Illuka_vallavalitsus, lk 5
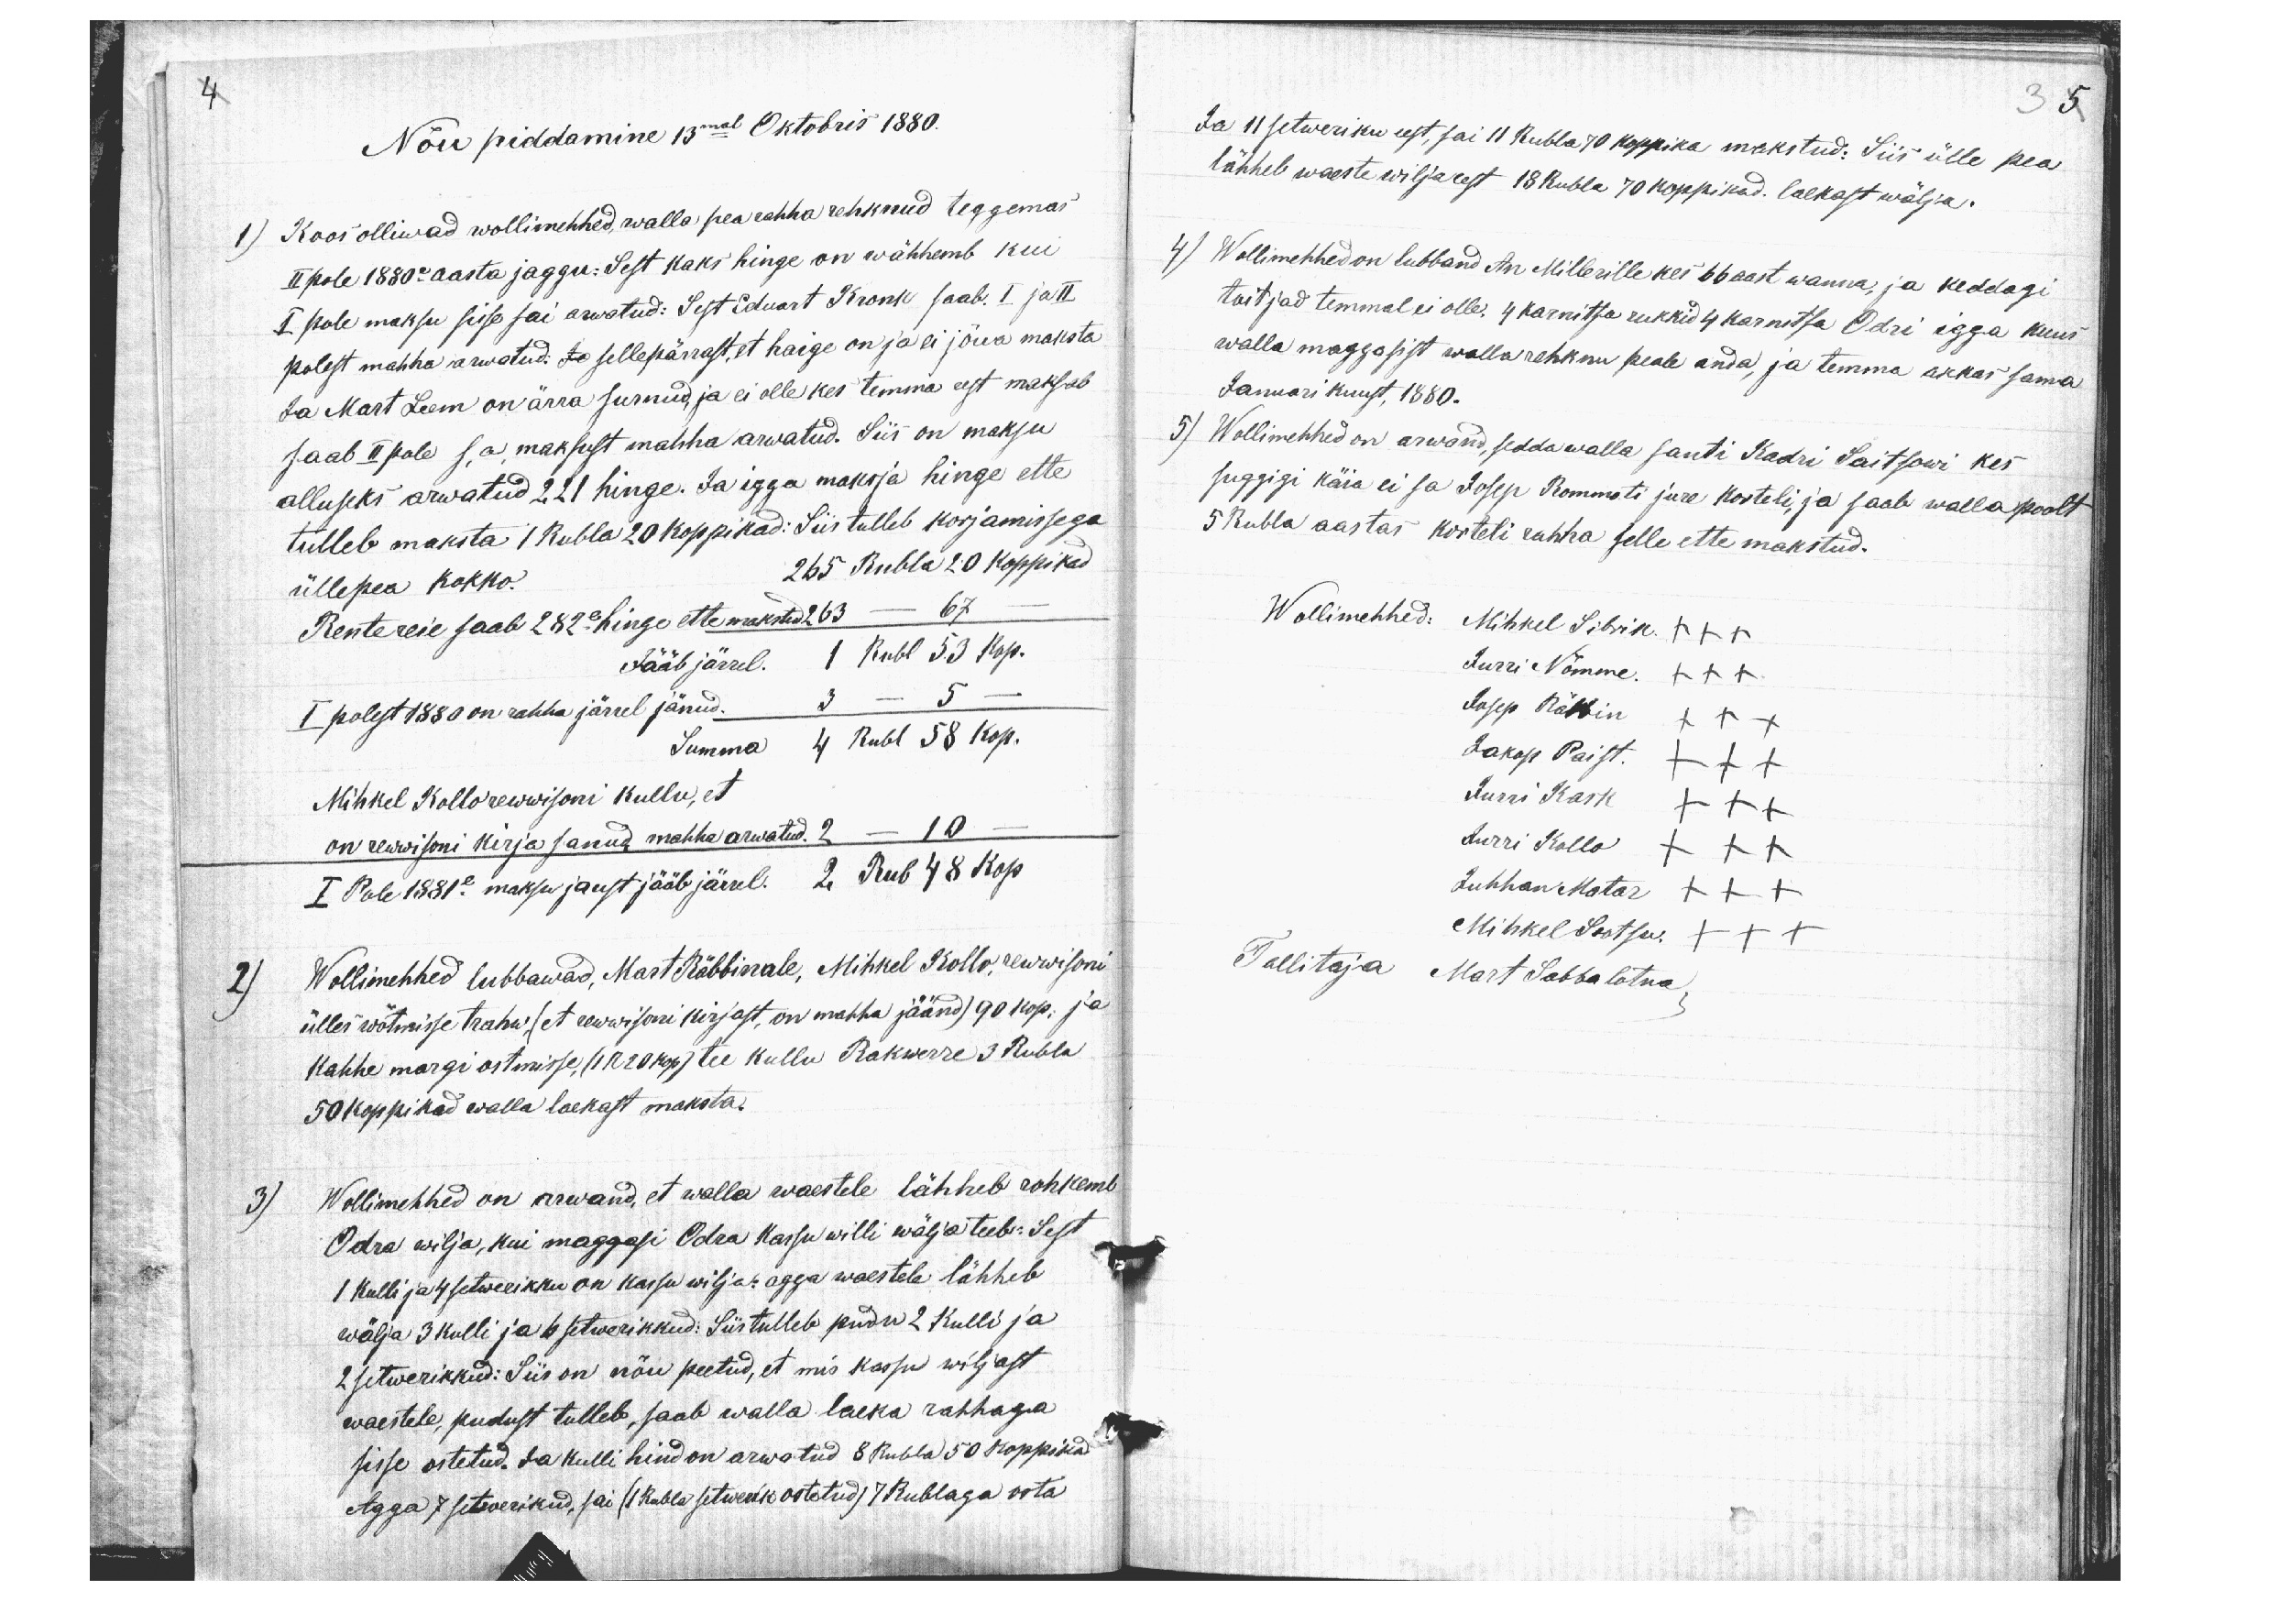
3 5

4
Nõu piddamine 13mal Oktobris 1880.
1) Koos olliwad wollimehhed, walla pea rahha rehknud teggemas
II pole 1880e aasta jaggu: Sest kaks hinge on wähhemb kui
I pole maksu sisse sai arwatud: Sest Eduart Kronk saab. I ja II
polest mahha arwatud. Jo sellepärrast, et haige on ja ei jõua maksta
Ja Mart Leem on ärra surnud, ja ei olle kes temma eest maksab
saab II pole s.a. maksust mahha arwatud. Siis on maksu
alluseks arwatud 221 hinge. Ja igga maksja hinge ette
tulleb maksta 1 Rubla 20 koppikad: Siis tulleb korjamissega
üllepea kokko. 265 Rubla 20 koppikad
Rentereie saab 282e hinge ette makstud 263 - 67 -
Jääb järrel. 1 Rubl 53 kop.
I polest 1880 on rahha järrel jänud. 3 - 5 -
Summa 4 Rubl 58 kop.
Mihkel Kollo rewwisoni kullu, et
on rewwisoni kirja sanud, mahha arwatud. 2 - 10 -
I Pole 1881e maksu jaust jääb järrel. 2 Rub 48 kop
2) Wollimehhed lubbawad, Mart Räbbinale, Mihkel Kollo, rewwisoni
ülles wõtmisse trahw, (et rewwisoni kirjast, on mahha jäänd) 90 kop. ja
kahhe margi ostmisse, (1 R 20 kop) tee kullu Rakwerre 3 Rubla
50 koppikad walla laekast maksta.
3) Wollimehhed on arwand, et walla waestele lähheb rohkemb
Odra wilja, kui maggasi Odra Kassu willi wälja teeb: Sest
1 Kulli ja 4 setwerikku on kassu wilja: agga waestele lähheb
wälja 3 kulli ja 6 setwerikkud: Siis tulleb pudu 2 Kulli ja
2 setwerikkud: Siis on nõu peetud, et mis kassu wiljast
waestele, pudust tulleb, saab walla laeka rahhaga
sisse ostetud. Ja kulli hind on arwatud 8 Rubla 50 koppikad
Agga 7 setwerikud, sai ( Rubla setwerik ostetud) 7 Rublaga osta

Ja 11 setweriku eest, sai 11 Rubla ja 70 koppika makstud: Siis ülle pea
lähheb waeste wilja eest 18 Rubla 70 koppikad. laekast wälja.
4) Wollimehhed on lubband An Millerille kes 66 aast wanna, ja keddagi
toitjad temmal ei olle. 4 karnitsa rukkid 4 karnitsa Odri igga kuus
walla maggasist walla rehknu peale anda, ja temma akkas sama
Januari kuust, 1880.
5) Wollimehhed on arwand, sedda walla santi Kadri Saitsowi kes
suggigi käia ei sa Josep Rommoti jure korteli, ja saab walla poolt
5 Rubla aastas korteli rahha selle ette makstud.
Wollimehhed: Mihkel Sibrik. XXX
Jurri Nõmme. XXX
Josep Räbbin XXX
Jakop Paist. XXX
Jurri Kask XXX
Jurri Kollo XXX
Juhhan Matar XXX
Mihkel Sootsu XXX
Tallitaja Mart Sabbalotna